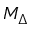
M _ { \Delta }